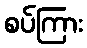
စပ်ကြား